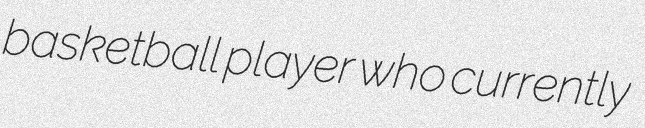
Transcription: basketball player who currently